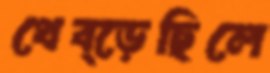
থেব্‌ড়েছিলে